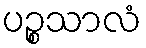
ပဉ္စသာလံ